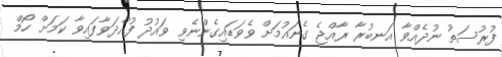
ފުރުސަތު ނުދެއްވާ އަނބުރާ ރާއްޖެ ގެނައުމަށް ވެވަޑައިގެންނެވި ވައުދު ފުއްދަވާފައިވާ ކަމަށް ހޯމް